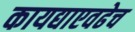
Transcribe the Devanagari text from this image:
कायद्याएवढेच